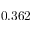
0 . 3 6 2